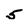
Character: 5